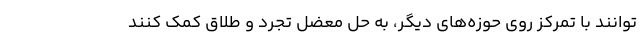
‌توانند با تمرکز روی حوزه‌های دیگر، به حل معضل تجرد و طلاق کمک کنند